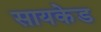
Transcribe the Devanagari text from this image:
सायकेड